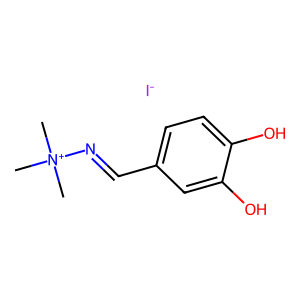
SMILES: C[N+](C)(C)N=Cc1ccc(O)c(O)c1.[I-]
Inhibits HIV replication: No